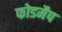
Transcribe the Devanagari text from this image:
फोडमैप